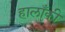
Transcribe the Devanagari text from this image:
हालाँकी